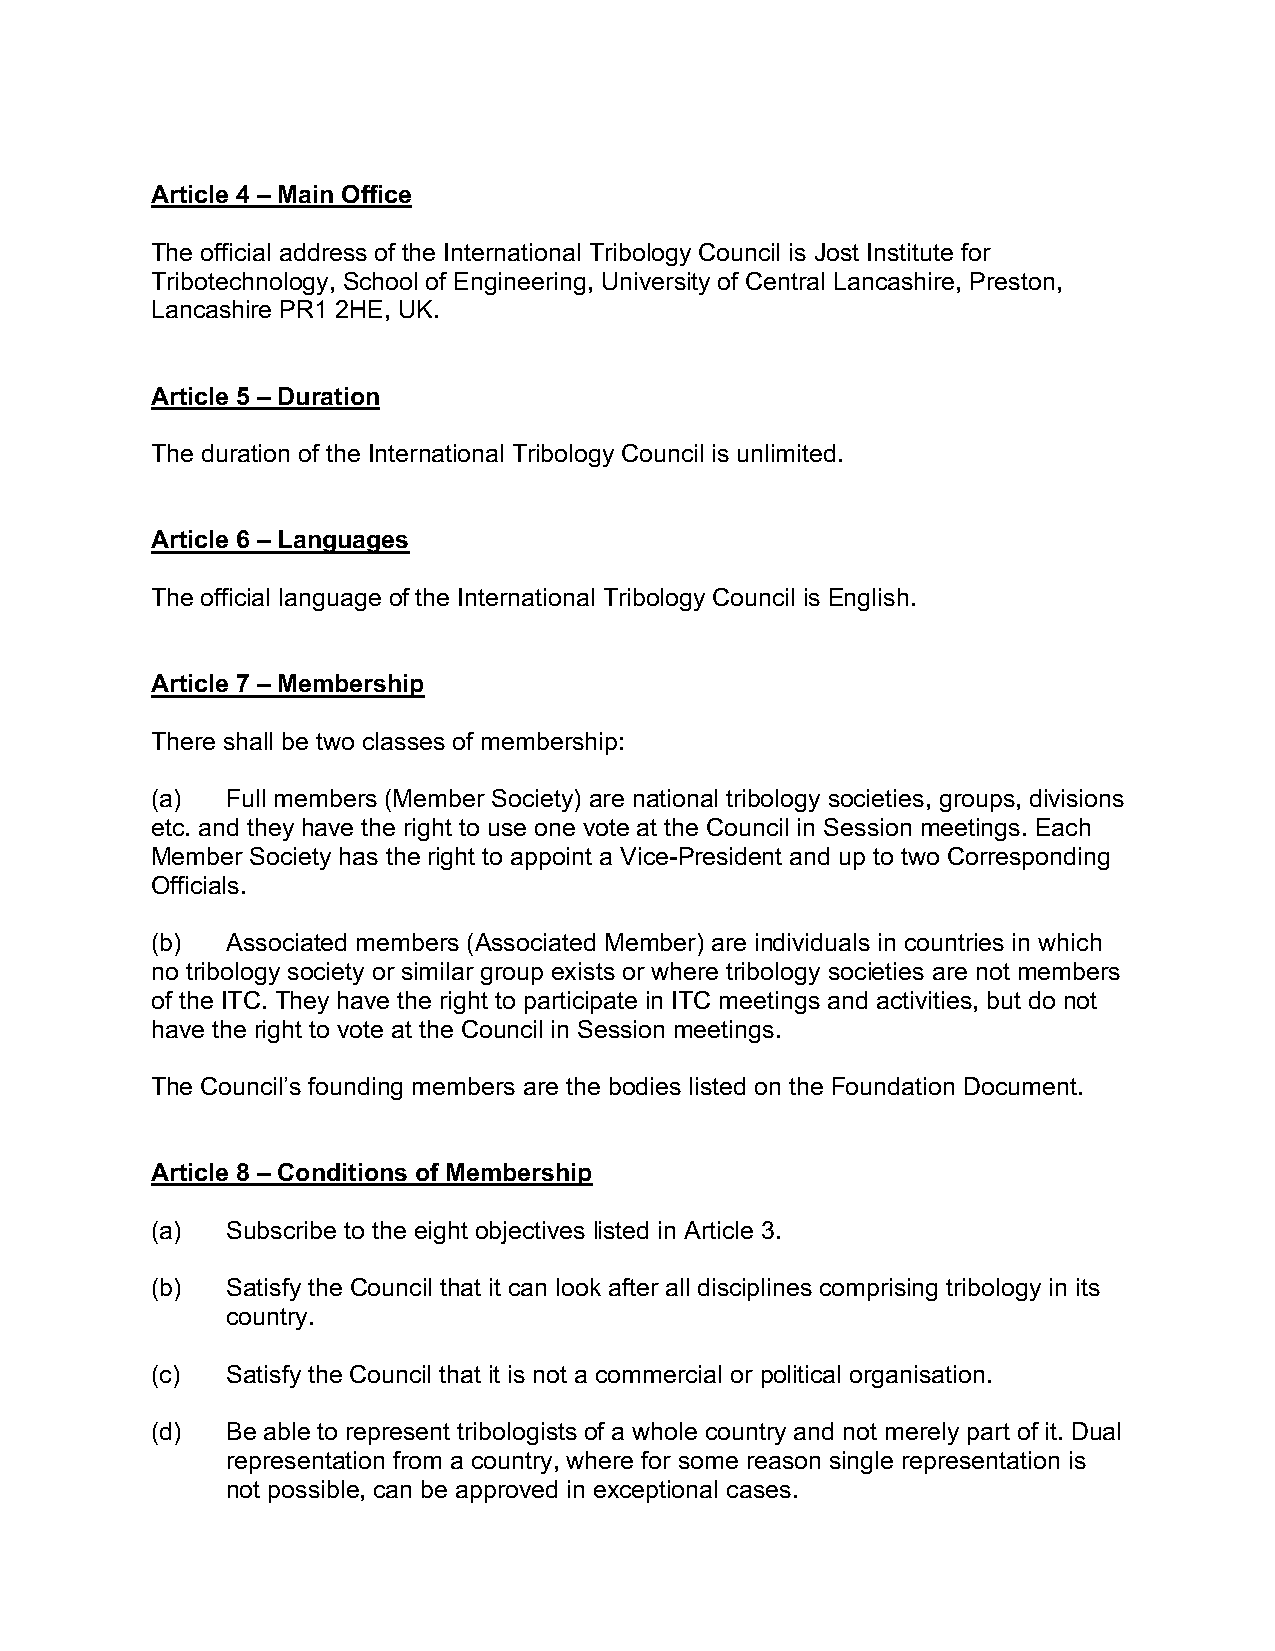
Article 4 – Main Office
 The official address of the International Tribology Council is Jost Institute for
 Tribotechnology, School of Engineering, University of Central Lancashire, Preston,
 Lancashire PR1 2HE, UK.
 Article 5 – Duration
 The duration of the International Tribology Council is unlimited.
 Article 6 – Languages
 The official language of the International Tribology Council is English.
 Article 7 – Membership
 There shall be two classes of membership:
 (a)  Full members (Member Society) are national tribology societies, groups, divisions
 etc. and they have the right to use one vote at the Council in Session meetings. Each
 Member Society has the right to appoint a Vice-President and up to two Corresponding
 Officials.
 (b)  Associated members (Associated Member) are individuals in countries in which
 no tribology society or similar group exists or where tribology societies are not members
 of the ITC. They have the right to participate in ITC meetings and activities, but do not
 have the right to vote at the Council in Session meetings.
 The Council’s founding members are the bodies listed on the Foundation Document.
 Article 8 – Conditions of Membership
 (a)  Subscribe to the eight objectives listed in Article 3.
 (b)  Satisfy the Council that it can look after all disciplines comprising tribology in its
 country.
 (c)  Satisfy the Council that it is not a commercial or political organisation.
 (d)  Be able to represent tribologists of a whole country and not merely part of it. Dual
 representation from a country, where for some reason single representation is
 not possible, can be approved in exceptional cases.